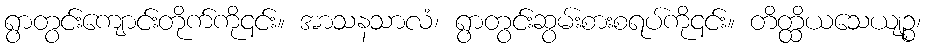
ရွာတွင်းကျောင်းတိုက်ကို၎င်း။ အာသနသာလံ၊ ရွာတွင်းဆွမ်းစားစရပ်ကို၎င်း။ တိတ္ထိယသေယျဉ္စ၊